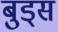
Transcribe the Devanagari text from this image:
बुड्‌स